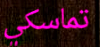
تماسكي